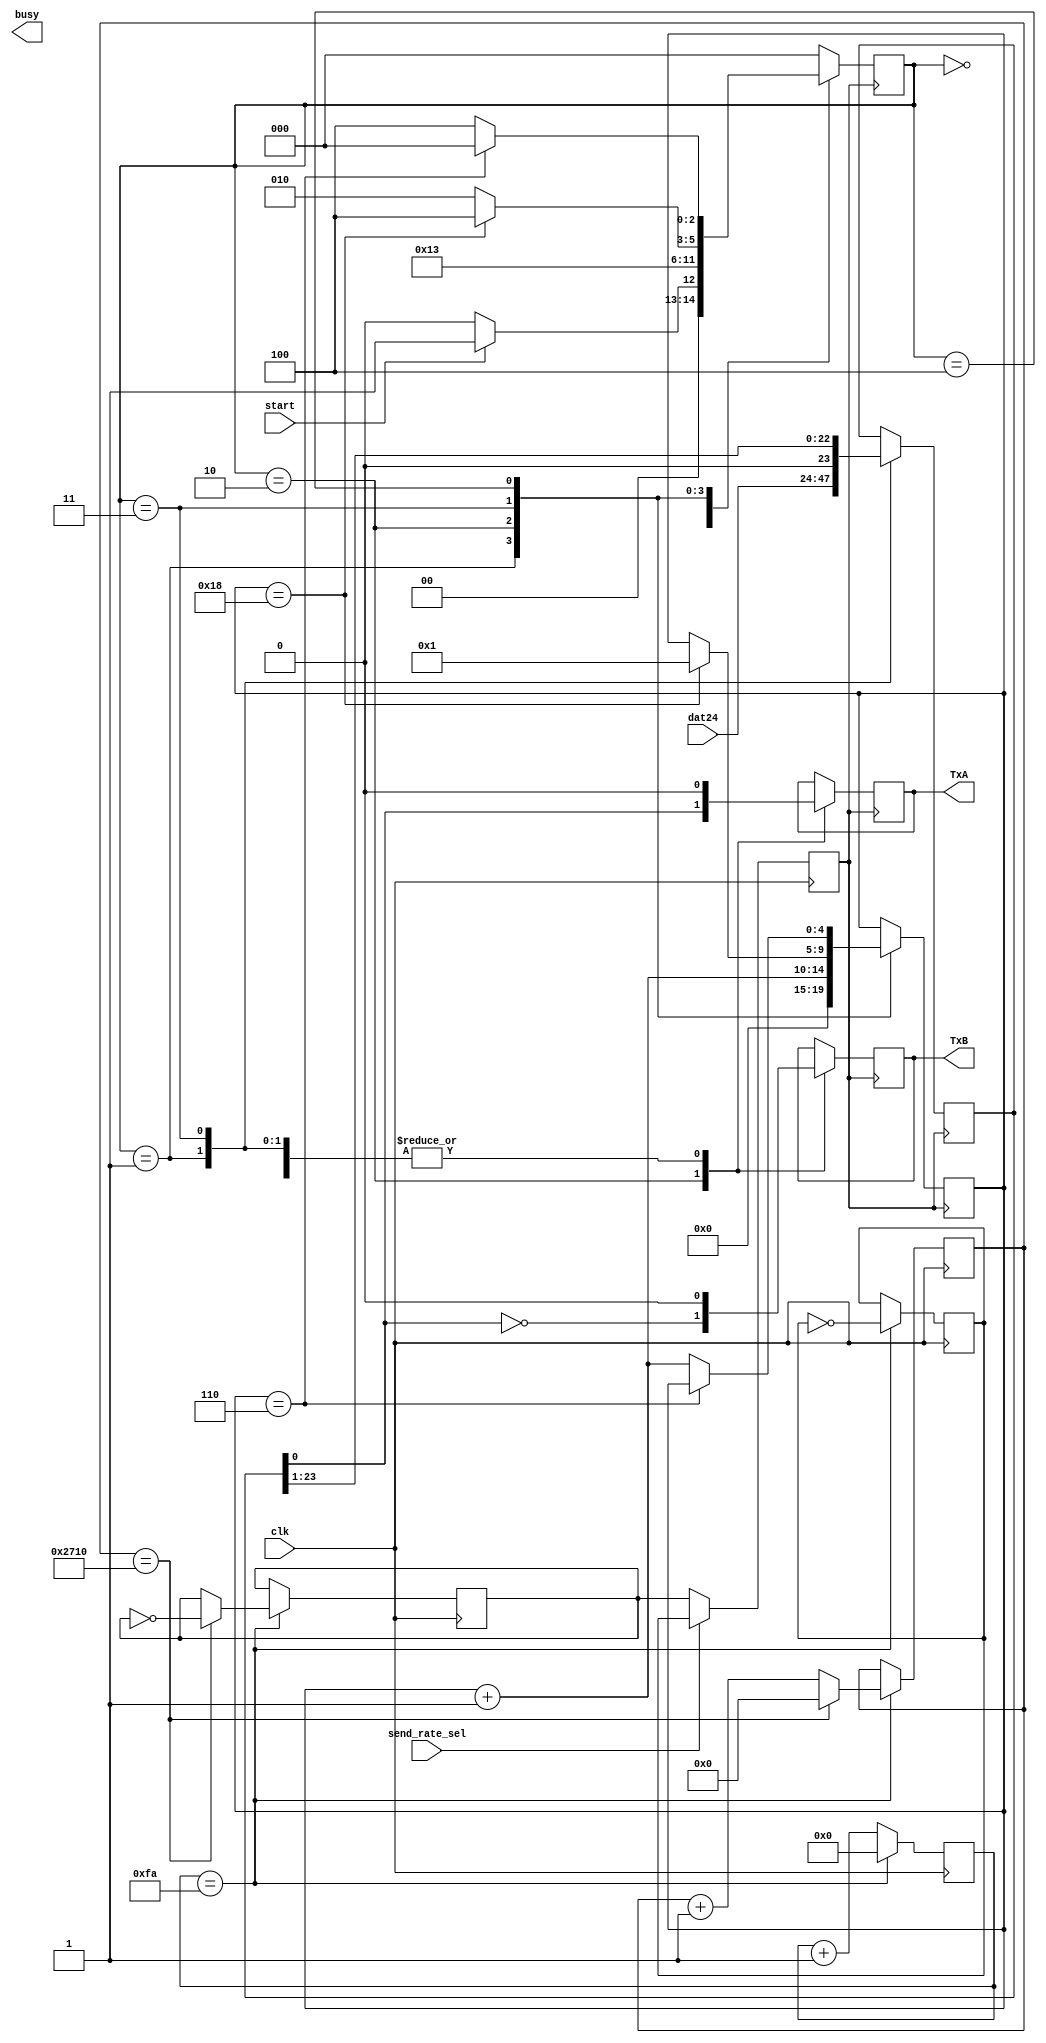
module send(TxA,TxB,busy,start,clk,send_rate_sel,dat24);	//start==1
input [23:0] dat24;
reg [23:0] buffer24;
input start,clk,send_rate_sel;
output reg TxA,TxB,busy;
reg [8:0] cnt_h;
reg [13:0] cnt_l;
reg clk_h,clk_l,clk_buff,buzy;
parameter Idle=0,BeginTx=1,SendBit=2,SendZero=3,SendNull=4;
reg [2:0] state;
reg [4:0] count;

always@(posedge clk)	//,clk_h(100k)clk_l(10)
begin
	if(cnt_h==250)
	begin
		cnt_h <= 0;
		clk_h <= ~clk_h;	//100k
		if(cnt_l==10000)
		begin
			cnt_l <= 0;
			clk_l <= ~clk_l;	//10
		end
		else
			cnt_l <= cnt_l+1;
	end
	else
		cnt_h <= cnt_h+1;
end

always@(posedge clk_buff)	//,
begin
	case(state)
		Idle:
		begin
			if(start==0)
				state <= Idle;
			else
				state <= BeginTx;
			buzy <= 0;
			TxA <= 0;
			TxB <= 0;
		end
		BeginTx:
		begin
			count <= 0;
			buffer24 <= dat24;
			buzy <= 1;
			TxA <= 0;
			TxB <= 0;
			state <= SendBit;
		end
		SendBit:
		begin
			count <= count+1;
			TxA <= buffer24[0];
			TxB <= ~buffer24[0];
			state <= SendZero;
		end
		SendZero:
		begin
			if(count==24)
			begin
				count <= 1;
				state <= SendNull;
			end
			else
				state <= SendBit;
			buffer24 <= buffer24>>1;
			TxA <= 0;
			TxB <= 0;
		end
		SendNull:
		begin
			if(count==6)
				state <= Idle;
			else
			begin
				count <= count+1;
				state <= SendNull;
			end
		end
		default:
			state <= Idle;
	endcase
end 

always@(posedge clk)	//
begin
	if(send_rate_sel)
		clk_buff <= clk_h;
	else
		clk_buff <= clk_l;
end

endmodule